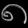
Digit: ၈